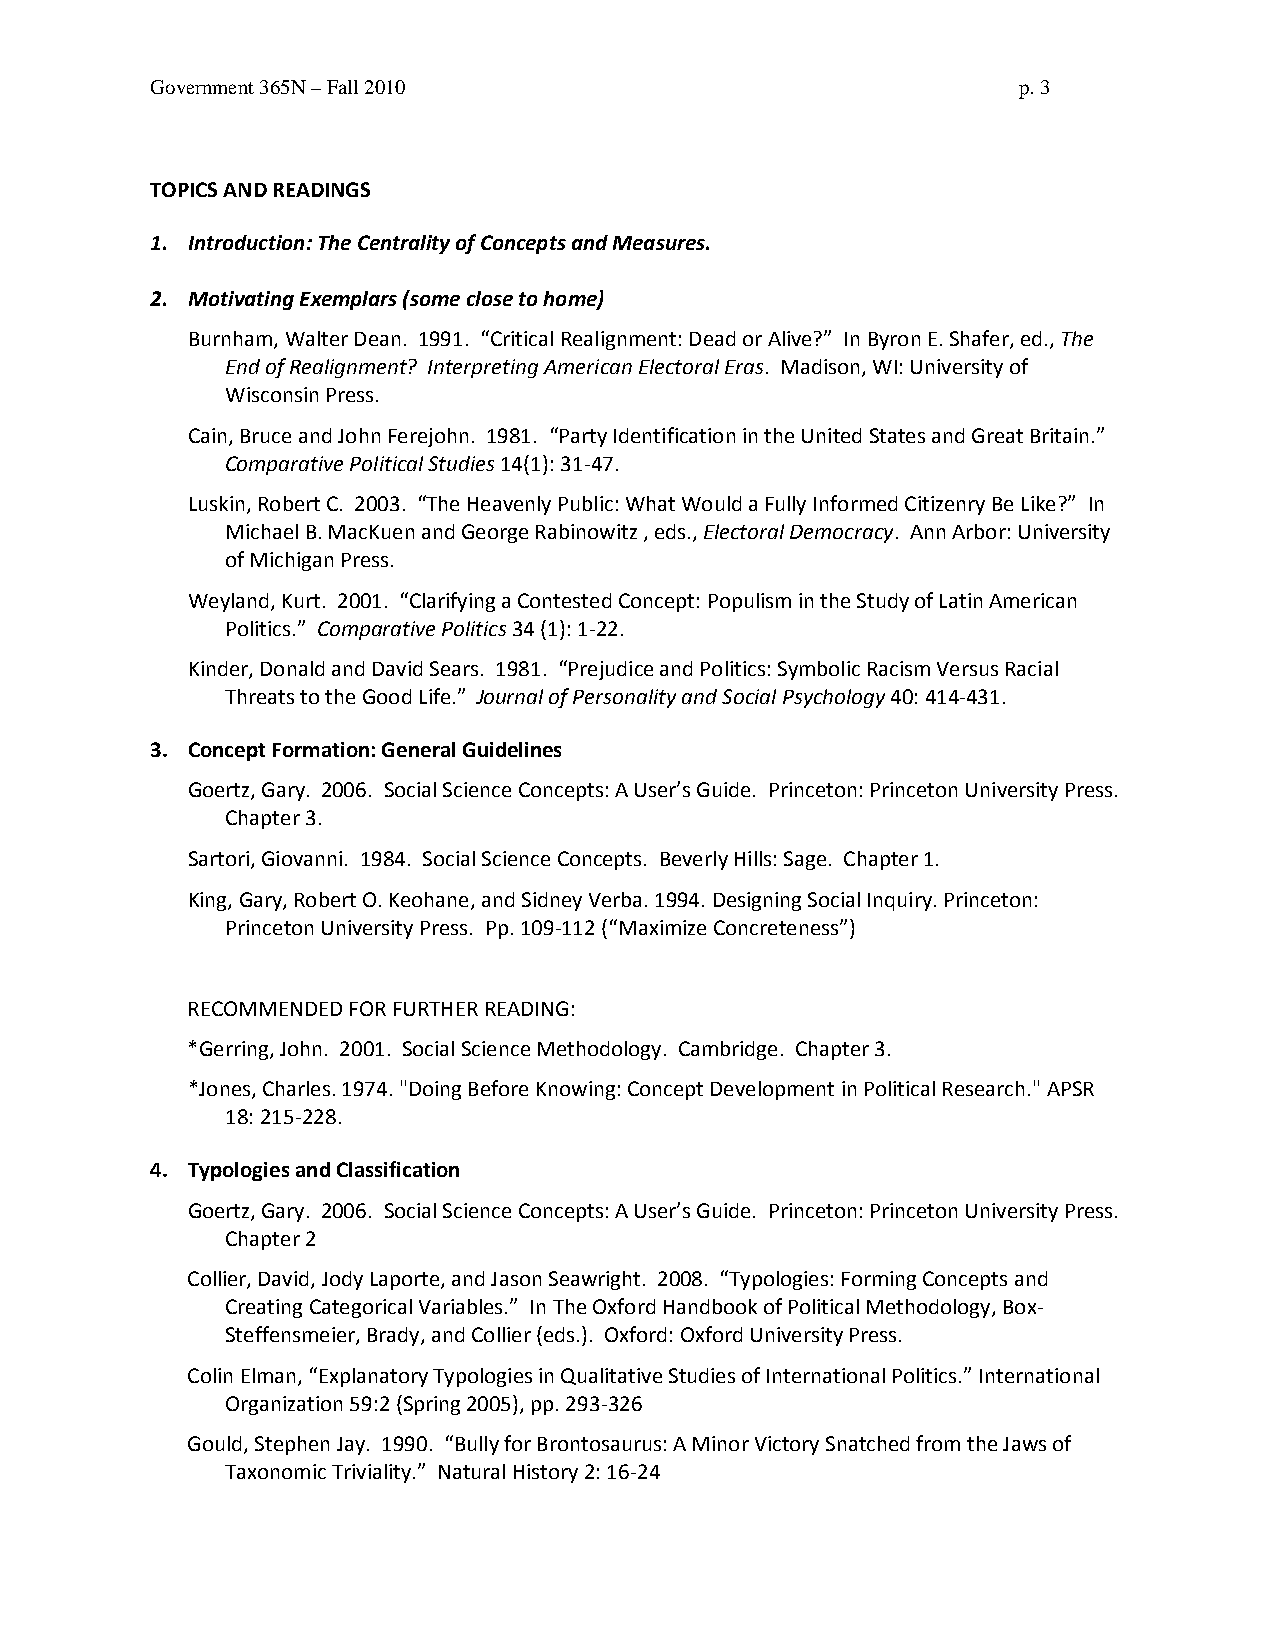
Government 365N – Fall 2010                              p. 3
 TOPICS AND READINGS
 1. Introduction: The Centrality of Concepts and Measures.
 2. Motivating Exemplars (some close to home)
 Burnham, Walter Dean. 1991. “Critical Realignment: Dead or Alive?” In Byron E. Shafer, ed., The
 End of Realignment? Interpreting American Electoral Eras. Madison, WI: University of
 Wisconsin Press.
 Cain, Bruce and John Ferejohn. 1981. “Party Identification in the United States and Great Britain.”
 Comparative Political Studies 14(1): 31-47.
 Luskin, Robert C. 2003. “The Heavenly Public: What Would a Fully Informed Citizenry Be Like?” In
 Michael B. MacKuen and George Rabinowitz , eds., Electoral Democracy. Ann Arbor: University
 of Michigan Press.
 Weyland, Kurt. 2001. “Clarifying a Contested Concept: Populism in the Study of Latin American
 Politics.” Comparative Politics 34 (1): 1-22.
 Kinder, Donald and David Sears. 1981. “Prejudice and Politics: Symbolic Racism Versus Racial
 Threats to the Good Life.” Journal of Personality and Social Psychology 40: 414-431.
 3. Concept Formation: General Guidelines
 Goertz, Gary. 2006. Social Science Concepts: A User’s Guide. Princeton: Princeton University Press.
 Chapter 3.
 Sartori, Giovanni. 1984. Social Science Concepts. Beverly Hills: Sage. Chapter 1.
 King, Gary, Robert O. Keohane, and Sidney Verba. 1994. Designing Social Inquiry. Princeton:
 Princeton University Press. Pp. 109-112 (“Maximize Concreteness”)
 RECOMMENDED FOR FURTHER READING:
 *Gerring, John. 2001. Social Science Methodology. Cambridge. Chapter 3.
 *Jones, Charles. 1974. "Doing Before Knowing: Concept Development in Political Research." APSR
 18: 215-228.
 4. Typologies and Classification
 Goertz, Gary. 2006. Social Science Concepts: A User’s Guide. Princeton: Princeton University Press.
 Chapter 2
 Collier, David, Jody Laporte, and Jason Seawright. 2008. “Typologies: Forming Concepts and
 Creating Categorical Variables.” In The Oxford Handbook of Political Methodology, Box-
 Steffensmeier, Brady, and Collier (eds.). Oxford: Oxford University Press.
 Colin Elman, “Explanatory Typologies in Qualitative Studies of International Politics.” International
 Organization 59:2 (Spring 2005), pp. 293-326
 Gould, Stephen Jay. 1990. “Bully for Brontosaurus: A Minor Victory Snatched from the Jaws of
 Taxonomic Triviality.” Natural History 2: 16-24